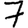
Digit: 7